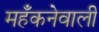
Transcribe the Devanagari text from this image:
महँकनेवाली